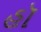
હૉ